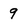
Character: 9